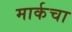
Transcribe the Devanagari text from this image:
मार्कचा